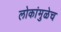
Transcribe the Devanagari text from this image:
लोकांमुळेच